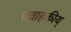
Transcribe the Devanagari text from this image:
प्रवाहकीय्